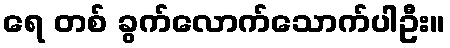
ရေ တစ် ခွက်လောက်သောက်ပါဦး။